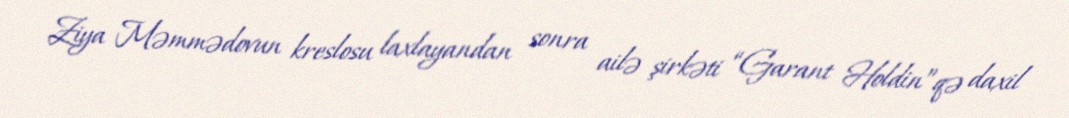
Ziya Məmmədovun kreslosu laxlayandan sonra ailə şirkəti “Garant Holdin”qə daxil